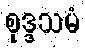
စုဒ္ဒသမံ